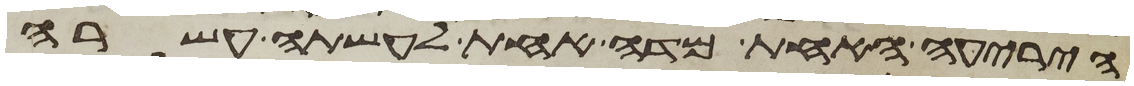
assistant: היריעה האחת מדה אחת לעשתה עשרה